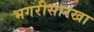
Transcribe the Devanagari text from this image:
भगरीसारखा